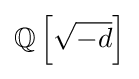
\mathbb {Q} \left[{\sqrt {-d}}\right]